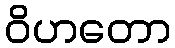
ဝိဟတော